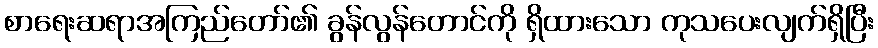
စာရေးဆရာအကြည်တော်၏ ခွန်လွန်တောင်ကို ရှိထားသော ကုသပေးလျက်ရှိပြီး